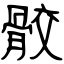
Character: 骹